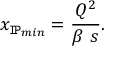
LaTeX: x _ { { \tt I \! P } _ { m i n } } = \frac { Q ^ { 2 } } { \beta \ s } .